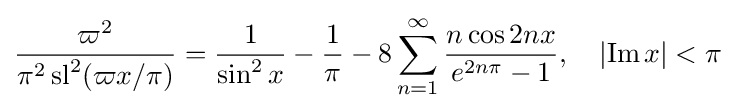
{\frac {\varpi ^{2}}{\pi ^{2}\operatorname {sl} ^{2}(\varpi x/\pi )}}={\frac {1}{\sin ^{2}x}}-{\frac {1}{\pi }}-8\sum _{n=1}^{\infty }{\frac {n\cos 2nx}{e^{2n\pi }-1}},\quad \left|\operatorname {Im} x\right|<\pi